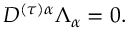
D ^ { ( \tau ) \alpha } \Lambda _ { \alpha } = 0 .